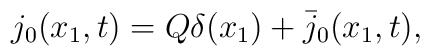
j_0(x_1,t) =Q\delta(x_1) + \bar{j}_0(x_1,t),